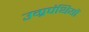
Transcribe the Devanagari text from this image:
उग्रपंथियों